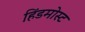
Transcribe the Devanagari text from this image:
हिंडमोस्ट